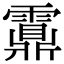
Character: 𩆆